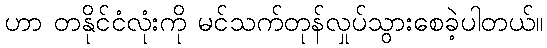
ဟာ တနိုင်ငံလုံးကို မင်သက်တုန်လှုပ်သွားစေခဲ့ပါတယ်။